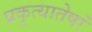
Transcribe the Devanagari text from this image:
प्रकृत्यातेषां